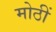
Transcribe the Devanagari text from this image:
मोठीं